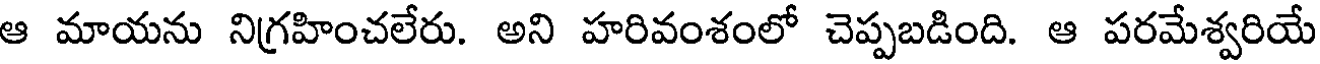
ఆ మాయను నిగ్రహించలేరు. అని హరివంశంలో చెప్పబడింది. ఆ పరమేశ్వరియే